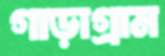
গাড়াগ্রাম